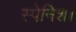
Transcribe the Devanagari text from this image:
स्पेनिश।